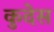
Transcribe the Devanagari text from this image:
कुदेस